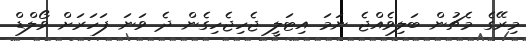
މިރޭގެ މެޗުން ބަލިވެއްޖެ ނަމަ އިޓަލީ ޖެހިޖެހިގެން ދެ ވަނަ ފަހަރަށް ވޯލްޑް